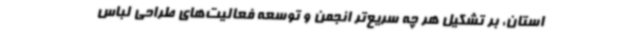
استان، بر تشکیل هر چه سریع‌تر انجمن و توسعه فعالیت‌های طراحی لباس